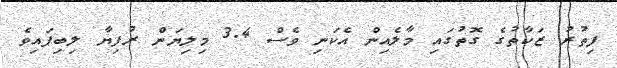
ފިތުރު ޒަކާތުގެ ގޮތުގައި މާލެއިން އެކަނި ވެސް 3.4 މިލިޔަން ރުފިޔާ ލިބިފައިވެ